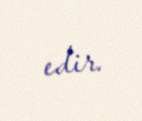
edir.